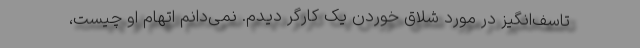
تاسف‌انگیز در مورد ‌شلاق خوردن یک ‌کارگر دیدم. نمی‌دانم اتهام او چیست،